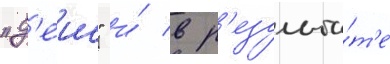
"д'еис" и́ в р'езульта́т'е